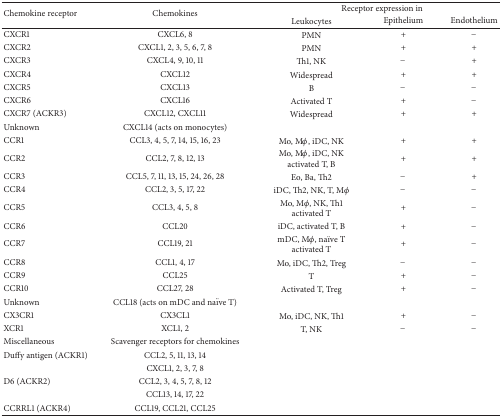
<table><thead><tr><td rowspan="2"><b>Chemokine receptor</b></td><td rowspan="2"><b>Chemokines</b></td><td colspan="3"><b>Receptor expression in</b></td></tr><tr><td><b>Leukocytes</b></td><td><b>Epithelium</b></td><td><b>Endothelium</b></td></tr></thead><tbody><tr><td>CXCR1</td><td>CXCL6, 8</td><td>PMN</td><td>+</td><td>−</td></tr><tr><td>CXCR2</td><td>CXCL1, 2, 3, 5, 6, 7, 8</td><td>PMN</td><td>+</td><td>+</td></tr><tr><td>CXCR3</td><td>CXCL4, 9, 10, 11</td><td>Th1, NK</td><td>−</td><td>+</td></tr><tr><td>CXCR4</td><td>CXCL12</td><td>Widespread</td><td>+</td><td>+</td></tr><tr><td>CXCR5</td><td>CXCL13</td><td>B</td><td>−</td><td>−</td></tr><tr><td>CXCR6</td><td>CXCL16</td><td>Activated T</td><td>+</td><td>−</td></tr><tr><td>CXCR7 (ACKR3)</td><td>CXCL12, CXCL11</td><td>Widespread</td><td>+</td><td>+</td></tr><tr><td>Unknown</td><td>CXCL14 (acts on monocytes)</td><td> </td><td> </td><td> </td></tr><tr><td>CCR1</td><td>CCL3, 4, 5, 7, 14, 15, 16, 23</td><td>Mo, Mφ, iDC, NK</td><td>+</td><td>+</td></tr><tr><td>CCR2</td><td>CCL2, 7, 8, 12, 13</td><td>Mo, Mφ, iDC, NK activated T, B</td><td>+</td><td>+</td></tr><tr><td>CCR3</td><td>CCL5, 7, 11, 13, 15, 24, 26, 28</td><td>Eo, Ba, Th2</td><td>−</td><td>+</td></tr><tr><td>CCR4</td><td>CCL2, 3, 5, 17, 22</td><td>iDC, Th2, NK, T, Mφ</td><td>−</td><td>−</td></tr><tr><td>CCR5</td><td>CCL3, 4, 5, 8</td><td>Mo, Mφ, NK, Th1activated T</td><td>+</td><td>−</td></tr><tr><td>CCR6</td><td>CCL20</td><td>iDC, activated T, B</td><td>+</td><td>−</td></tr><tr><td>CCR7</td><td>CCL19, 21</td><td>mDC, Mφ, naïve Tactivated T</td><td>+</td><td>−</td></tr><tr><td>CCR8</td><td>CCL1, 4, 17</td><td>Mo, iDC, Th2, Treg</td><td>−</td><td>−</td></tr><tr><td>CCR9</td><td>CCL25</td><td>T</td><td>+</td><td>−</td></tr><tr><td>CCR10</td><td>CCL27, 28</td><td>Activated T, Treg</td><td>+</td><td>−</td></tr><tr><td>Unknown</td><td>CCL18 (acts on mDC and naïve T)</td><td> </td><td> </td><td> </td></tr><tr><td>CX3CR1</td><td>CX3CL1</td><td>Mo, iDC, NK, Th1</td><td>+</td><td>−</td></tr><tr><td>XCR1</td><td>XCL1, 2</td><td>T, NK</td><td>−</td><td>−</td></tr><tr><td>Miscellaneous</td><td>Scavenger receptors for chemokines</td><td> </td><td> </td><td> </td></tr><tr><td>Duffy antigen (ACKR1)</td><td>CCL2, 5, 11, 13, 14</td><td> </td><td> </td><td> </td></tr><tr><td> </td><td>CXCL1, 2, 3, 7, 8</td><td> </td><td> </td><td> </td></tr><tr><td>D6 (ACKR2)</td><td>CCL2, 3, 4, 5, 7, 8, 12</td><td> </td><td> </td><td> </td></tr><tr><td> </td><td>CCL13, 14, 17, 22</td><td> </td><td> </td><td> </td></tr><tr><td>CCRRL1 (ACKR4)</td><td>CCL19, CCL21, CCL25</td><td> </td><td> </td><td> </td></tr></tbody></table>